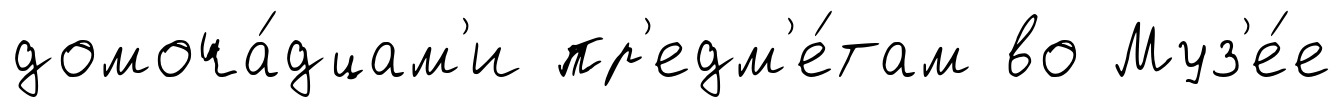
домоча́дцам'и пр'едм'е́там во Муз'е́е